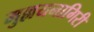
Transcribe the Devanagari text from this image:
मुल्लयनागिरी